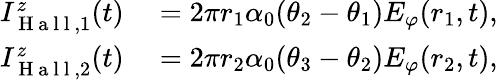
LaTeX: \begin{array}{rl}{I_{\mathrm{~H~a~l~l~},1}^{z}(t)}&{{}=2\pi r_{1}\alpha_{0}(\theta_{2}-\theta_{1})E_{\varphi}(r_{1},t),}\\ {I_{\mathrm{~H~a~l~l~},2}^{z}(t)}&{{}=2\pi r_{2}\alpha_{0}(\theta_{3}-\theta_{2})E_{\varphi}(r_{2},t),}\end{array}